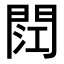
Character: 𮤏